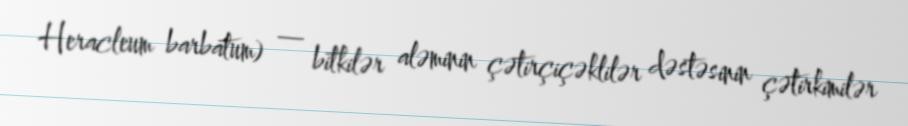
Heracleum barbatum) — bitkilər aləminin çətirçiçəklilər dəstəsinin çətirkimilər